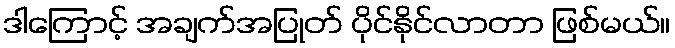
ဒါကြောင့် အချက်အပြုတ် ပိုင်နိုင်လာတာ ဖြစ်မယ်။